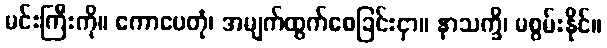
မင်းကြီးကို။ ကောပေတုံ၊ အမျက်ထွက်စေခြင်းငှာ။ နာသက္ခိ၊ မစွမ်းနိုင်။